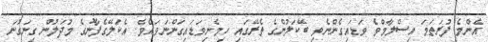
އެންމެ ފުރަތަމަ އިސްލާމްވެ ވަޑައިގެންނެވި ބޭކަލުންގެ ތެރޭގައި ހިމެނިވަޑައިގަންނަވައެވެ. އެކަލޭގެފާނުގެ މުދަލުން ގިނަގުނަ